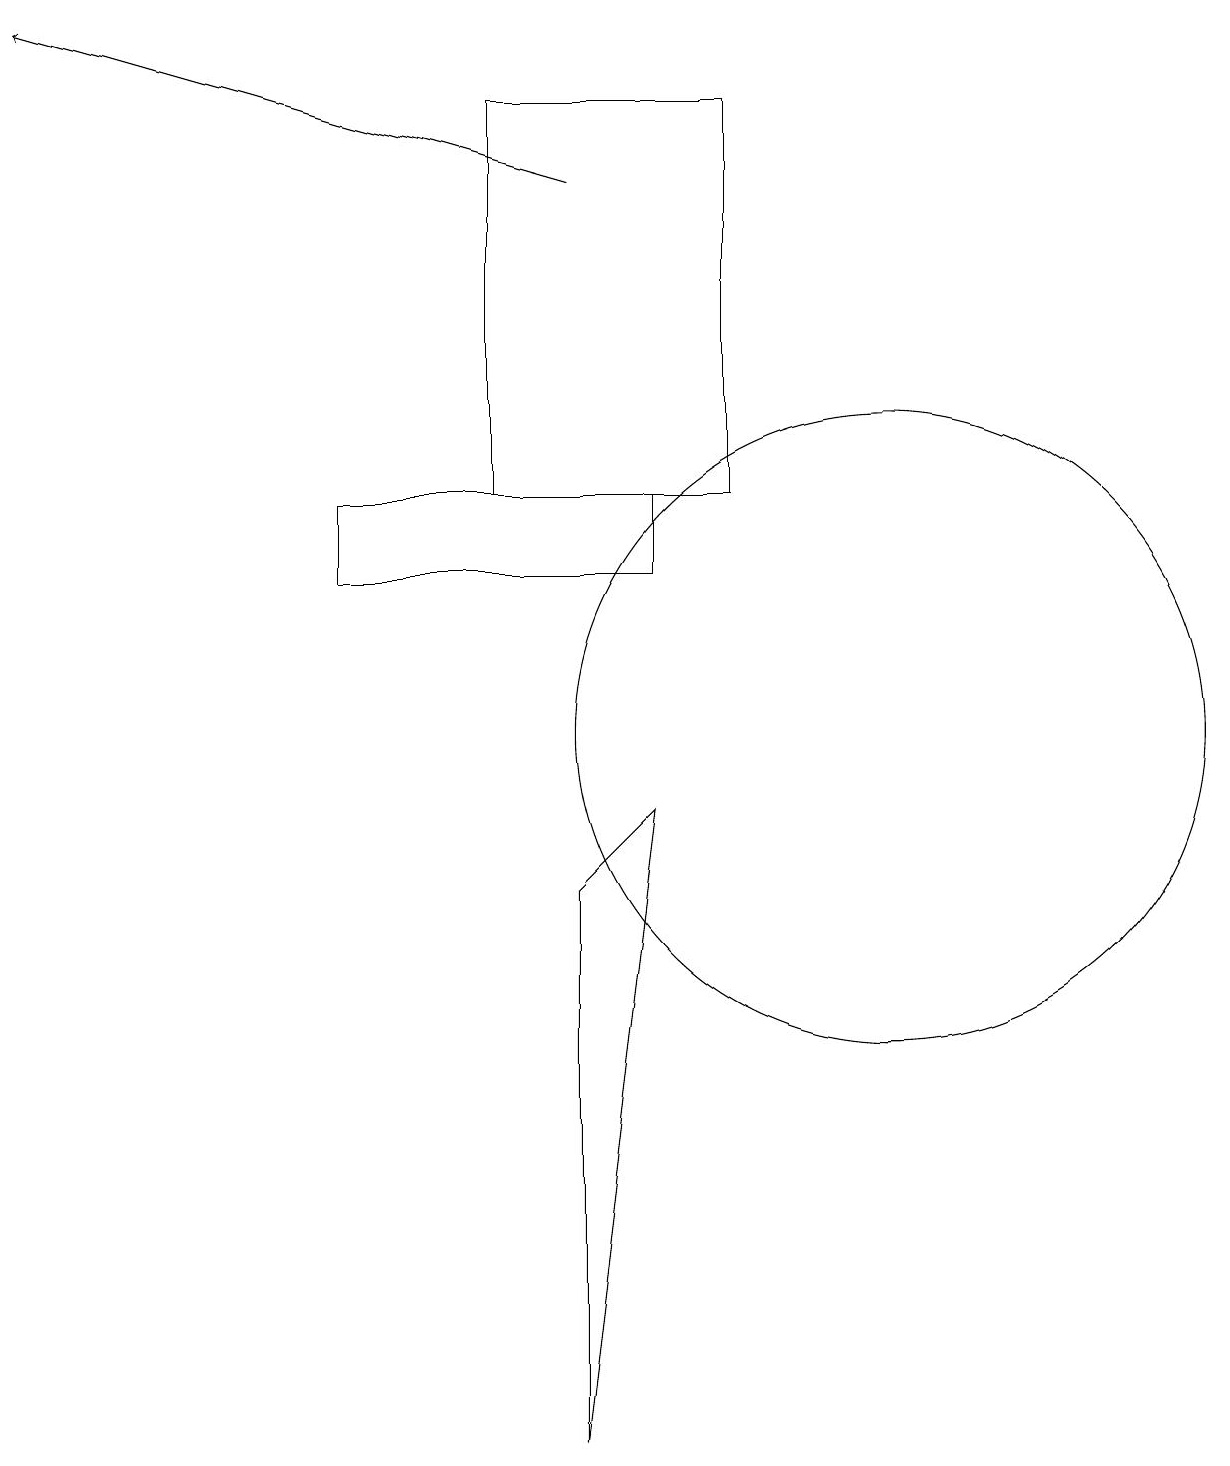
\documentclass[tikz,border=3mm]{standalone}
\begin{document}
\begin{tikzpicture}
\draw[->] (7,17) -- (0,19);
\draw (11,10) circle (4);
\draw (8,12) rectangle (4,13);
\draw (7,1) -- (7,8) -- (8,9) -- cycle;
\draw (9,13) rectangle (6,18);
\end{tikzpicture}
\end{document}